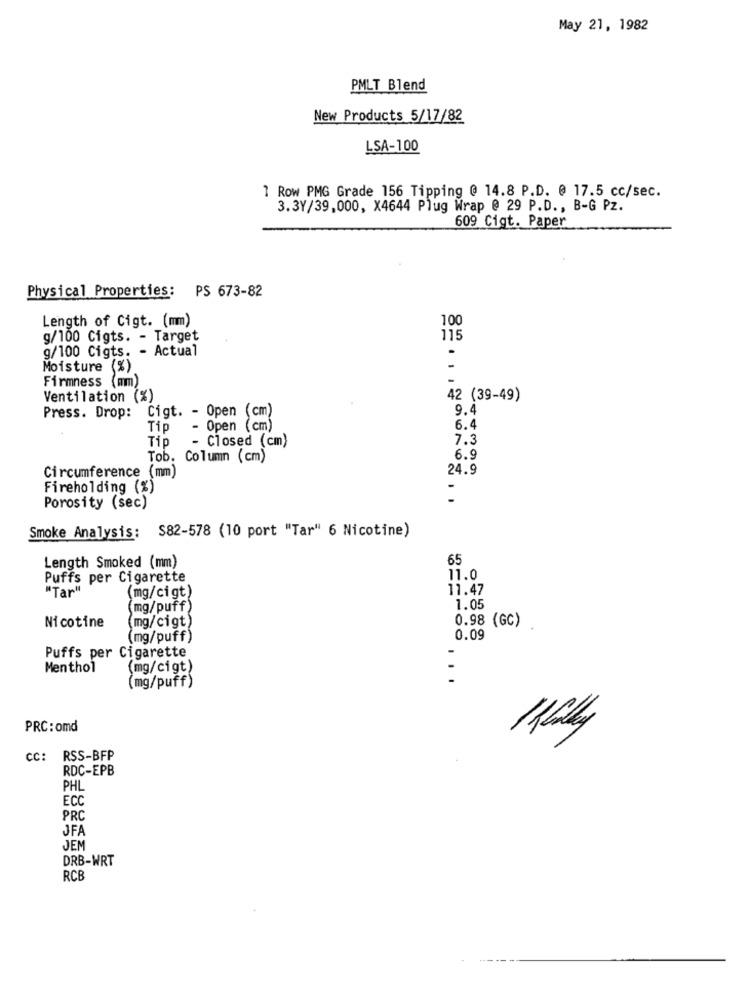
May 21, 1982
PMLT Blend
New Products 5/17/82
LSA-100
1 Row PMG Grade 156 Tipping @ 14.8 P.D. @ 17.5 cc/sec.
3.3Y/39,000, X4644 Plug Wrap @ 29 P.D ., B-G Pz.
609 Cigt. Paper
Physical Properties: PS 673-82
Length of Cigt. (mm)
100
g/100 Cigts. - Target
115
g/100 Cigts. - Actual
Moisture (%)
Firmness (mm)
Ventilation (%)
42 (39-49)
Press. Drop: Cigt. - Open (cm)
9.4
Tip
- Open (cm)
6.4
Tip
- Closed (cm)
7.3
Tob. Column (cm)
6.9
Circumference (mm)
24.9
Fireholding (%)
-
Porosity (sec)
Smoke Analysis:
S82-578 (10 port "Tar" 6 Nicotine)
65
Length Smoked (mm)
Puffs per Cigarette
11.0
"Tar"
11.47
(mg/cigt)
(mg/puff)
1.05
(mg/cigt)
0.98 (GC)
Nicotine
(mg/puff)
0.09
Puffs per Cigarette
Menthol
(mg/cigt)
...
(mg/puff)
PRC: omd
CC: RSS-BFP
RDC-EPB
PHL
ECO
PRC
JFA
JEN
DRB-WRT
RCE